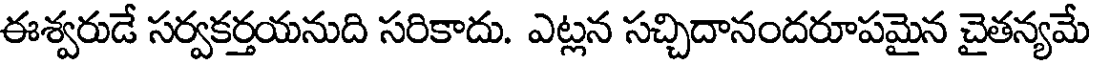
ఈశ్వరుడే సర్వకర్తయనుది సరికాదు. ఎట్లన సచ్చిదానందరూపమైన చైతన్యమే